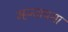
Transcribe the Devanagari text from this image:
म्हन्तायसा